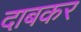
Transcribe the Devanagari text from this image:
दाबकर